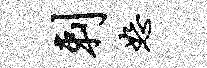
剌恕